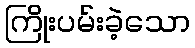
ကြိုးပမ်းခဲ့သော